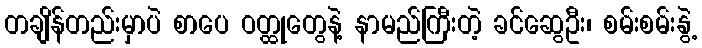
တချိန်တည်းမှာပဲ စာပေ ဝတ္ထုတွေနဲ့ နာမည်ကြီးတဲ့ ခင်ဆွေဦး၊ စမ်းစမ်းနွဲ့